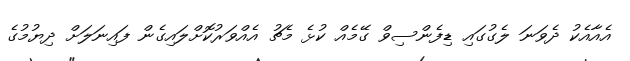
އެއާއެކު ދެވަނަ ލެގުގައި ޑިފެންސިވް ގޭމެއް ކުޅެ މެޗު އެއްވަރުކޮށްލައިގެން ފައިނަލަށް ދިޔުމުގެ